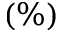
( \% )